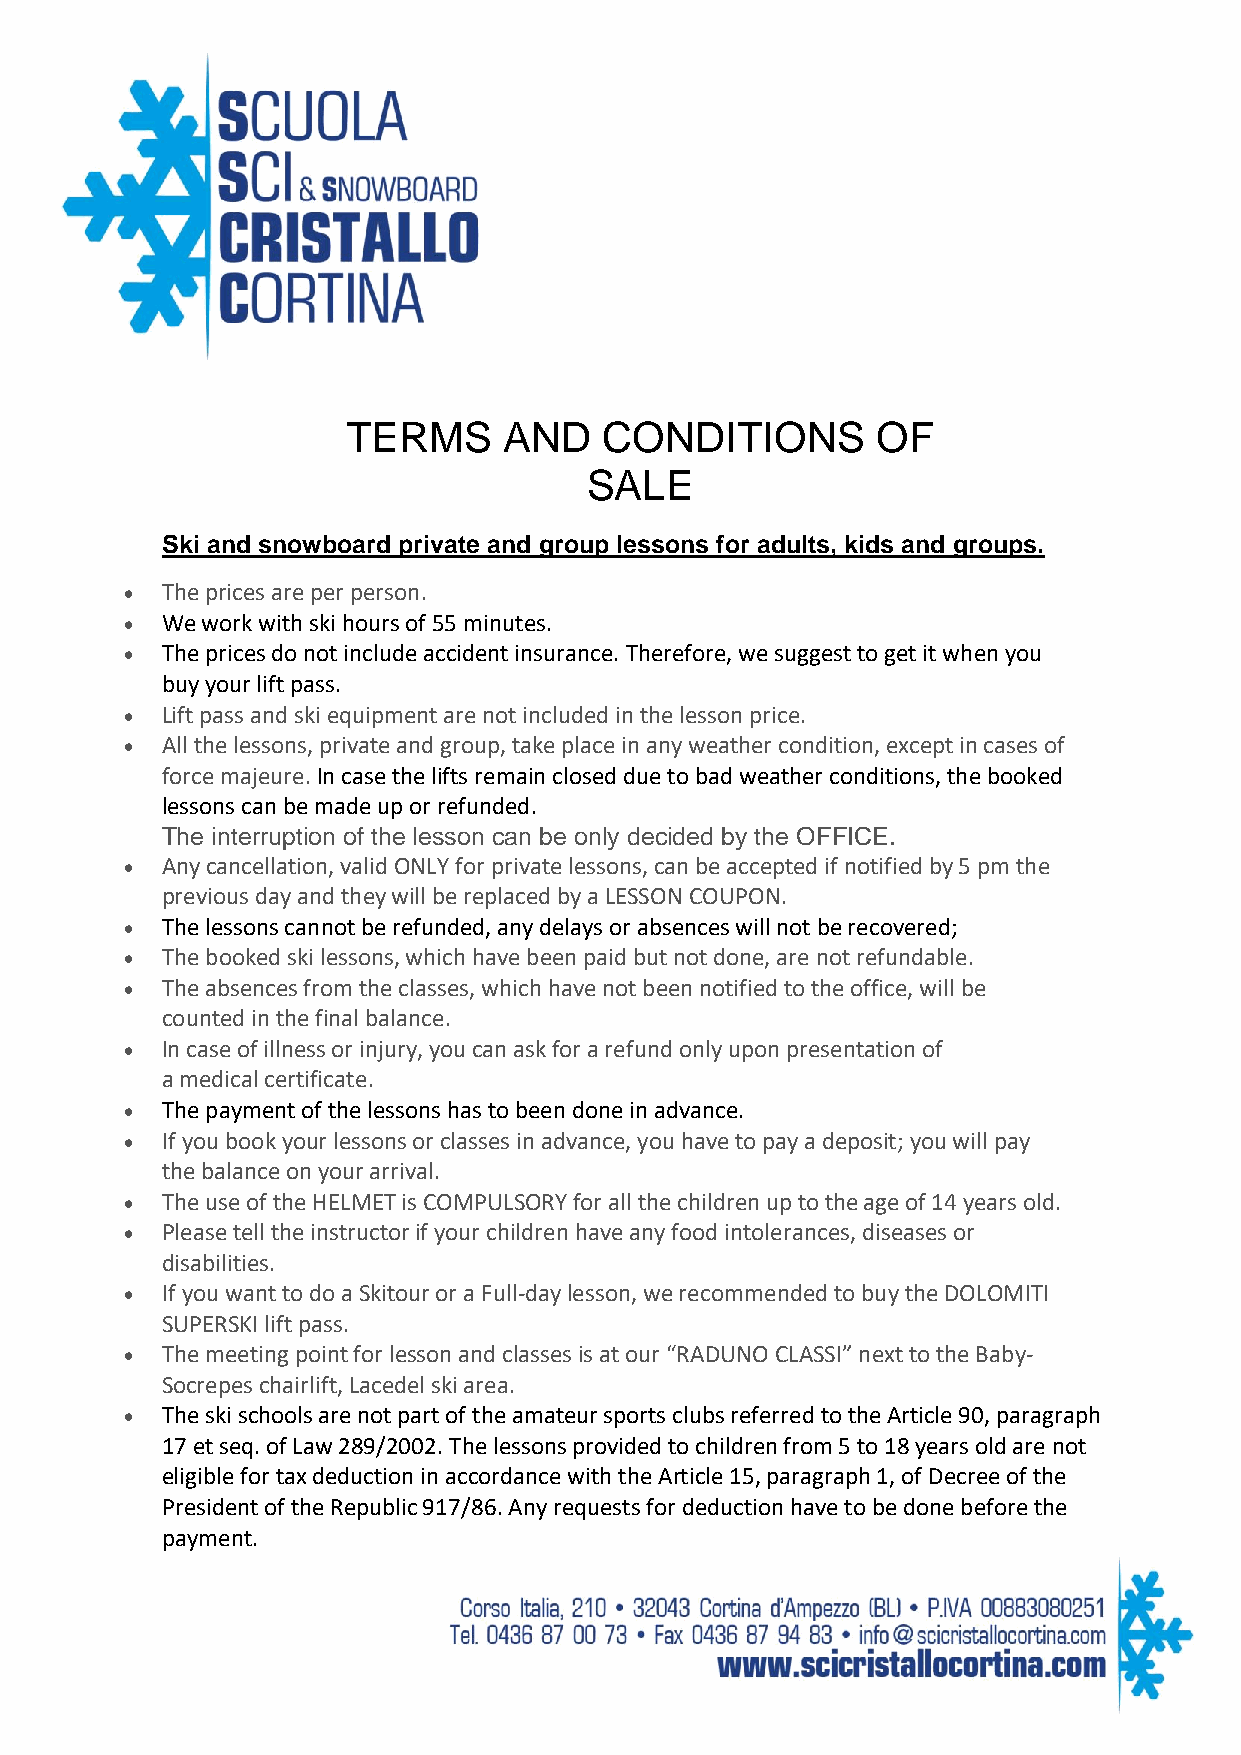
TERMS     AND    CONDITIONS        OF
 SALE
 Ski and snowboard private and group lessons for adults, kids and groups.
 •  The prices are per person.
 •  We work with ski hours of 55 minutes.
 •  The prices do not include accident insurance. Therefore, we suggest to get it when you
 buy your lift pass.
 •  Lift pass and ski equipment are not included in the lesson price.
 •  All the lessons, private and group, take place in any weather condition, except in cases of
 force majeure. In case the lifts remain closed due to bad weather conditions, the booked
 lessons can be made up or refunded.
 The interruption of the lesson can be only decided by the OFFICE.
 •  Any cancellation, valid ONLY for private lessons, can be accepted if notified by 5 pm the
 previous day and they will be replaced by a LESSON COUPON.
 •  The lessons cannot be refunded, any delays or absences will not be recovered;
 •  The booked ski lessons, which have been paid but not done, are not refundable.
 •  The absences from the classes, which have not been notified to the office, will be
 counted in the final balance.
 •  In case of illness or injury, you can ask for a refund only upon presentation of
 a medical certificate.
 •  The payment of the lessons has to been done in advance.
 •  If you book your lessons or classes in advance, you have to pay a deposit; you will pay
 the balance on your arrival.
 •  The use of the HELMET is COMPULSORY for all the children up to the age of 14 years old.
 •  Please tell the instructor if your children have any food intolerances, diseases or
 disabilities.
 •  If you want to do a Skitour or a Full-day lesson, we recommended to buy the DOLOMITI
 SUPERSKI lift pass.
 •  The meeting point for lesson and classes is at our “RADUNO CLASSI” next to the Baby-
 Socrepes chairlift, Lacedel ski area.
 •  The ski schools are not part of the amateur sports clubs referred to the Article 90, paragraph
 17 et seq. of Law 289/2002. The lessons provided to children from 5 to 18 years old are not
 eligible for tax deduction in accordance with the Article 15, paragraph 1, of Decree of the
 President of the Republic 917/86. Any requests for deduction have to be done before the
 payment.